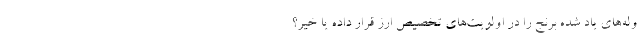
وله‌های یاد شده برنج را در اولویت‌های تخصیص ارز قرار داده یا خیر؟